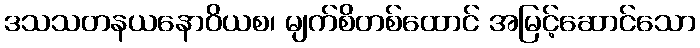
ဒသသတနယနောဝိယစ၊ မျက်စိတစ်ထောင် အမြင့်ဆောင်သော